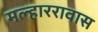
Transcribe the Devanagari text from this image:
मल्हाररावास